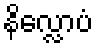
နိလ္လောပံ